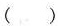
( )